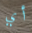
أي